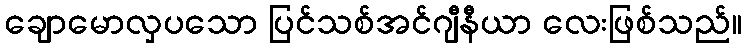
ချောမောလှပသော ပြင်သစ်အင်ဂျီနီယာ လေးဖြစ်သည်။